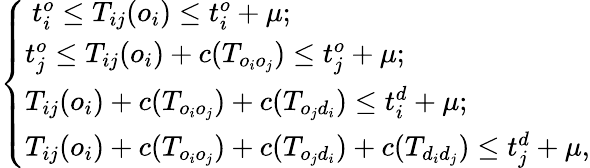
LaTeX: \left\{ \begin{array}{ll}{\ t_{i}^{o}\leq T_{ij}(o_{i})\leq t_{i}^{o}+\mu;}\\ {t_{j}^{o}\leq T_{ij}(o_{i})+c(T_{o_{i}o_{j}})\leq t_{j}^{o}+\mu;}\\ {T_{ij}(o_{i})+c(T_{o_{i}o_{j}})+c(T_{o_{j}d_{i}})\leq t_{i}^{d}+\mu;}\\ {T_{ij}(o_{i})+c(T_{o_{i}o_{j}})+c(T_{o_{j}d_{i}})+c(T_{d_{i}d_{j}})\leq t_{j}^{d}+\mu,}\end{array}\right.